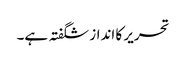
تحریر کا انداز شگفتہ ہے۔